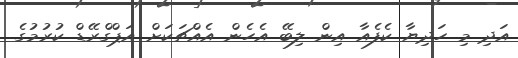
އަދި މި ހަދިޔާ ކެފެއާ އިން ލިބޭ އެހެން އެއްޗަކަށް އަޕްގްރޭޑް ކުރުމުގެ